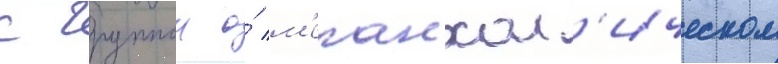
с группои о́ м'еланхол'ическом